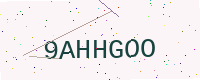
Text: 9AHHGOO